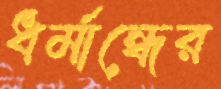
ধর্মান্ধের